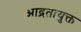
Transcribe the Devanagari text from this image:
आद्रतायुक्त